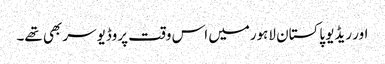
اور ریڈیو پاکستان لاہورمیں اس وقت پروڈیوسر بھی تھے۔